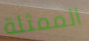
الممثلة